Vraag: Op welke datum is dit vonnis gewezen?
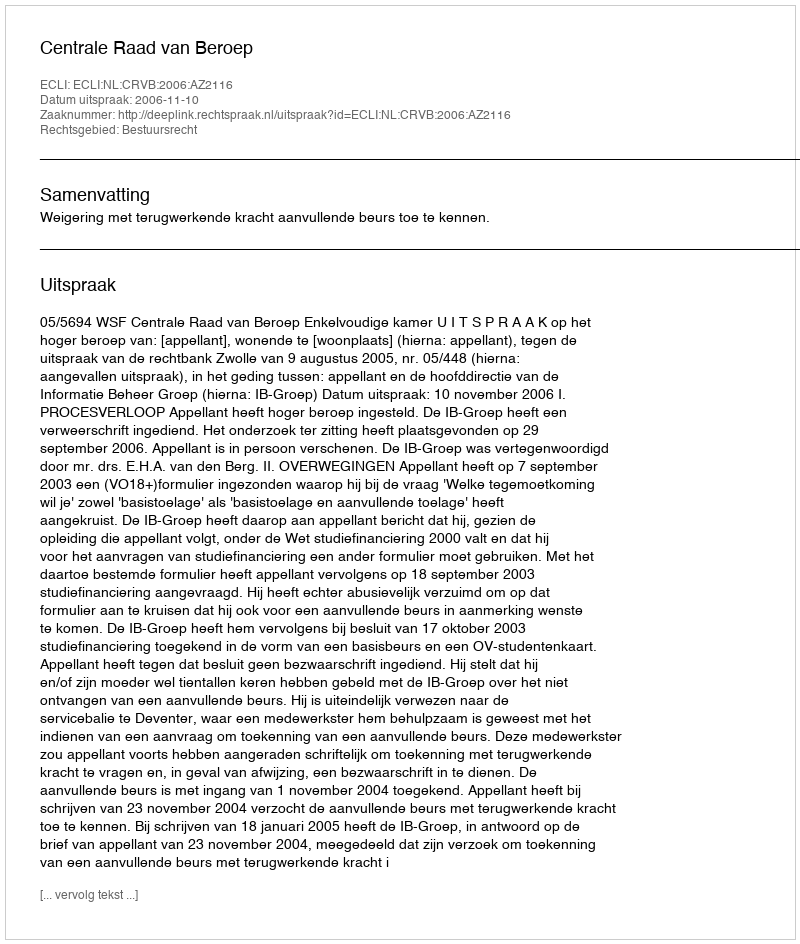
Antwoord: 2006-11-10